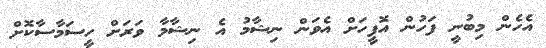
އެހެން މިބުނީ ފަހުން އޮފީހަށް އެވަން ނިޝާމު އެ ނިޝާމާ ވަރަށް ހީސަމާސާކޮށް